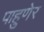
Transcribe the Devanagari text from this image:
पाहुणेर